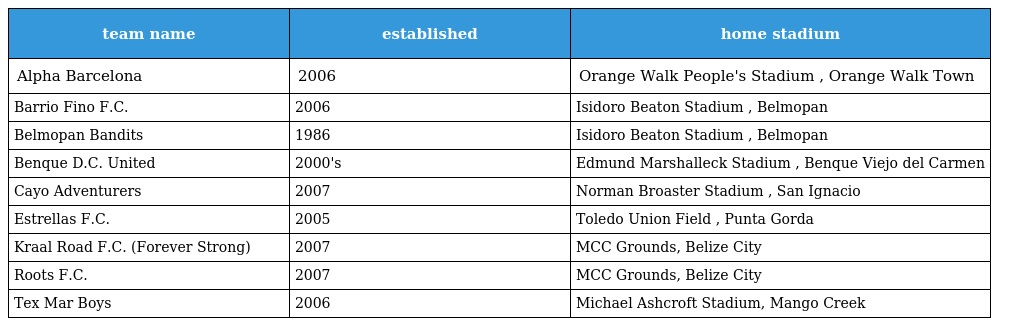
| team name | established | home stadium |
 | --- | --- | --- |
 | Alpha Barcelona | 2006 | Orange Walk People's Stadium , Orange Walk Town |
 | Barrio Fino F.C. | 2006 | Isidoro Beaton Stadium , Belmopan |
 | Belmopan Bandits | 1986 | Isidoro Beaton Stadium , Belmopan |
 | Benque D.C. United | 2000's | Edmund Marshalleck Stadium , Benque Viejo del Carmen |
 | Cayo Adventurers | 2007 | Norman Broaster Stadium , San Ignacio |
 | Estrellas F.C. | 2005 | Toledo Union Field , Punta Gorda |
 | Kraal Road F.C. (Forever Strong) | 2007 | MCC Grounds, Belize City |
 | Roots F.C. | 2007 | MCC Grounds, Belize City |
 | Tex Mar Boys | 2006 | Michael Ashcroft Stadium, Mango Creek |